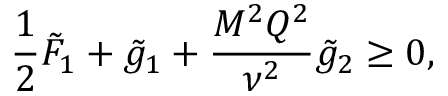
\frac { 1 } { 2 } \tilde { F } _ { 1 } + \tilde { g } _ { 1 } + \frac { M ^ { 2 } Q ^ { 2 } } { \nu ^ { 2 } } \tilde { g } _ { 2 } \geq 0 ,